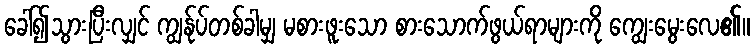
ခေါ်၍သွားပြီးလျှင် ကျွန်ုပ်တစ်ခါမျှ မစားဖူးသော စားသောက်ဖွယ်ရာများကို ကျွေးမွေးလေ၏။